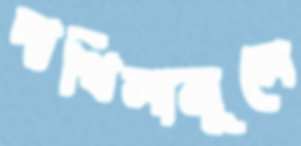
দাখিলামূলে